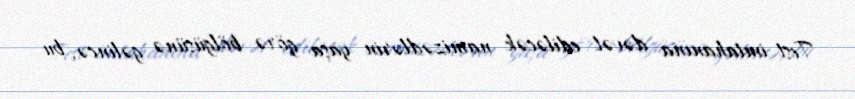
Test imtahanına dəvət ediləcək namizədlərin yaşa görə bölgüsünə gəlincə, bu